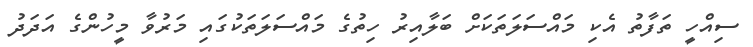
ސިއްހީ ތަފާތު އެކި މައްސަލަތަކަށް ބަލާއިރު ހިތުގެ މައްސަލަތަކުގައި މަރުވާ މީހުންގެ އަދަދު